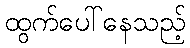
ထွက်ပေါ်နေသည့်